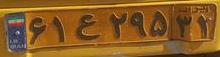
۶۱ع۲۹۵۳۱